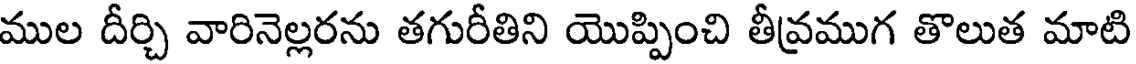
ముల దీర్చి వారినెల్లరను తగురీతిని యొప్పించి తీవ్రముగ తొలుత మాటి